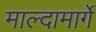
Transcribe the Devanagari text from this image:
माल्दामार्गे